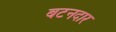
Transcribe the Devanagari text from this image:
बटनदार